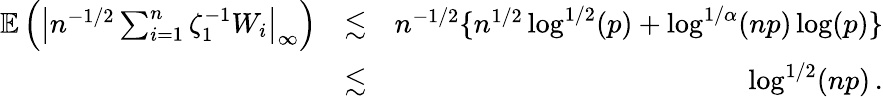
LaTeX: \begin{array}{rlr}{{\mathbb{E}}\left(\left|n^{-1/2}\sum_{i=1}^{n}\zeta_{1}^{-1}W_{i}\right|_{\infty}\right)}&{\lesssim}&{n^{-1/2}\{ n^{1/2}\log^{1/2}(p)+\log^{1/\alpha}(np)\log(p)\} }\\ &{\lesssim}&{\log^{1/2}(np)\, .}\end{array}